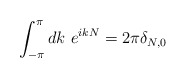
\begin{align*}\int_{-\pi}^{\pi} dk ~e^{ikN} = 2 \pi \delta_{N,0}\end{align*}